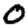
Digit: 0